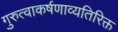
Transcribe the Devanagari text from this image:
गुरुत्वाकर्षणाव्यतिरिक्त